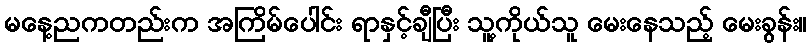
မနေ့ညကတည်းက အကြိမ်ပေါင်း ရာနှင့်ချီပြီး သူ့ကိုယ်သူ မေးနေသည့် မေးခွန်း။